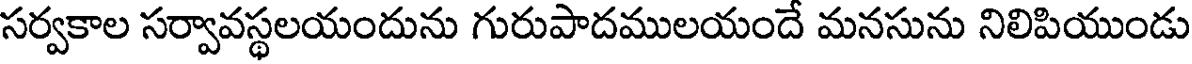
సర్వకాల సర్వావస్థలయందును గురుపాదములయందే మనసును నిలిపియుండు